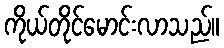
ကိုယ်တိုင်မောင်းလာသည်။